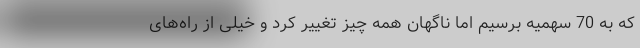
که به 70 سهمیه برسیم اما ناگهان همه چیز تغییر کرد و خیلی از راه‌های